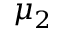
\mu _ { 2 }